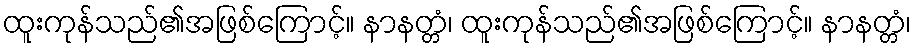
ထူးကုန်သည်၏အဖြစ်ကြောင့်။ နာနတ္တံ၊ ထူးကုန်သည်၏အဖြစ်ကြောင့်။ နာနတ္တံ၊